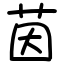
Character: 茵